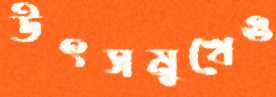
উৎসমুখেও